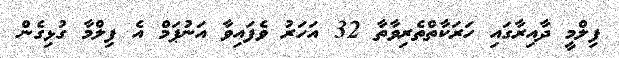
ފިލްމީ ދާއިރާގައި ހަރަކާތްތެރިވާތާ 32 އަހަރު ވެފައިވާ އަނުޕަމް އެ ފިލްމާ ގުޅިގެން